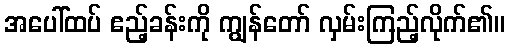
အပေါ်ထပ် ဧည့်ခန်းကို ကျွန်တော် လှမ်းကြည့်လိုက်၏။